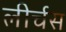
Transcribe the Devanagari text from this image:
लीर्चस